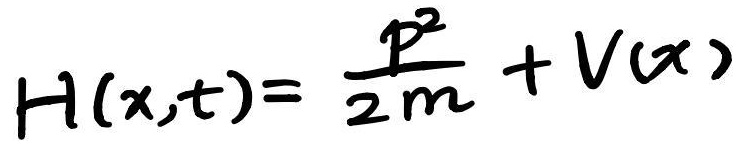
\[ H(x,t)= \frac{p^{2}}{2m} + V(x) \]